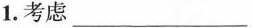
1.考虑___